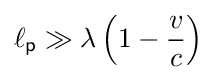
\ell _{\mathsf {p}}\gg \lambda \left(1-{\frac {v}{c}}\right)